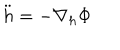
LaTeX: \ddot { h } = - \nabla _ { h } \Phi